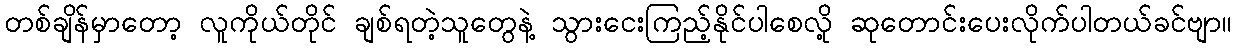
တစ်ချိန်မှာတော့ လူကိုယ်တိုင် ချစ်ရတဲ့သူတွေနဲ့ သွားငေးကြည့်နိုင်ပါစေလို့ ဆုတောင်းပေးလိုက်ပါတယ်ခင်ဗျာ။